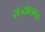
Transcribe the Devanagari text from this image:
राज्यालगत